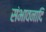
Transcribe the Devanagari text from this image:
संभावनादि